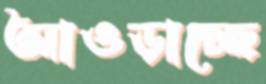
আওড়াচ্ছে